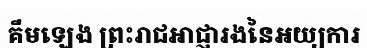
គឹមឡេង ព្រះរាជអាជ្ញារងនៃអយ្យការ